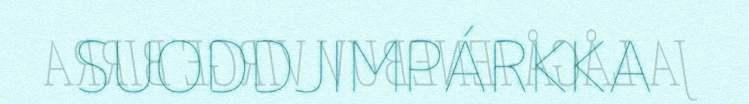
SUODDJIMPÁRKKA